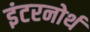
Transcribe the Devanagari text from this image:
इंटरनोर्थ